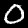
Label: 0